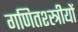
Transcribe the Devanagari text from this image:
गणितश्स्त्रीयों